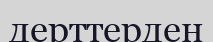
дерттерден